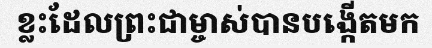
ខ្លះដែលព្រះជាម្ចាស់បានបង្កើតមក